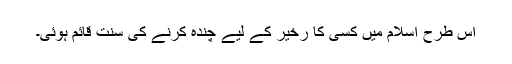
اس طرح اسلام میں کسی کا رخیر کے لیے چندہ کرنے کی سنت قائم ہوئی۔